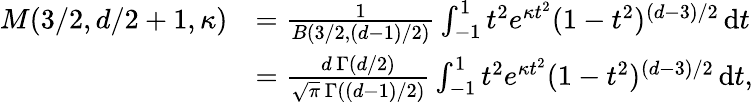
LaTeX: \begin{array}{rl}{M(3/2,d/2+1,\kappa)}&{=\frac{1}{B(3/2,(d-1)/2)}\int_{-1}^{1}t^{2}e^{\kappa t^{2}}(1-t^{2})^{(d-3)/2}\, \mathrm{d}t}\\ &{=\frac{d\, \Gamma(d/2)}{\sqrt{\pi}\, \Gamma((d-1)/2)}\int_{-1}^{1}t^{2}e^{\kappa t^{2}}(1-t^{2})^{(d-3)/2}\, \mathrm{d}t,}\end{array}